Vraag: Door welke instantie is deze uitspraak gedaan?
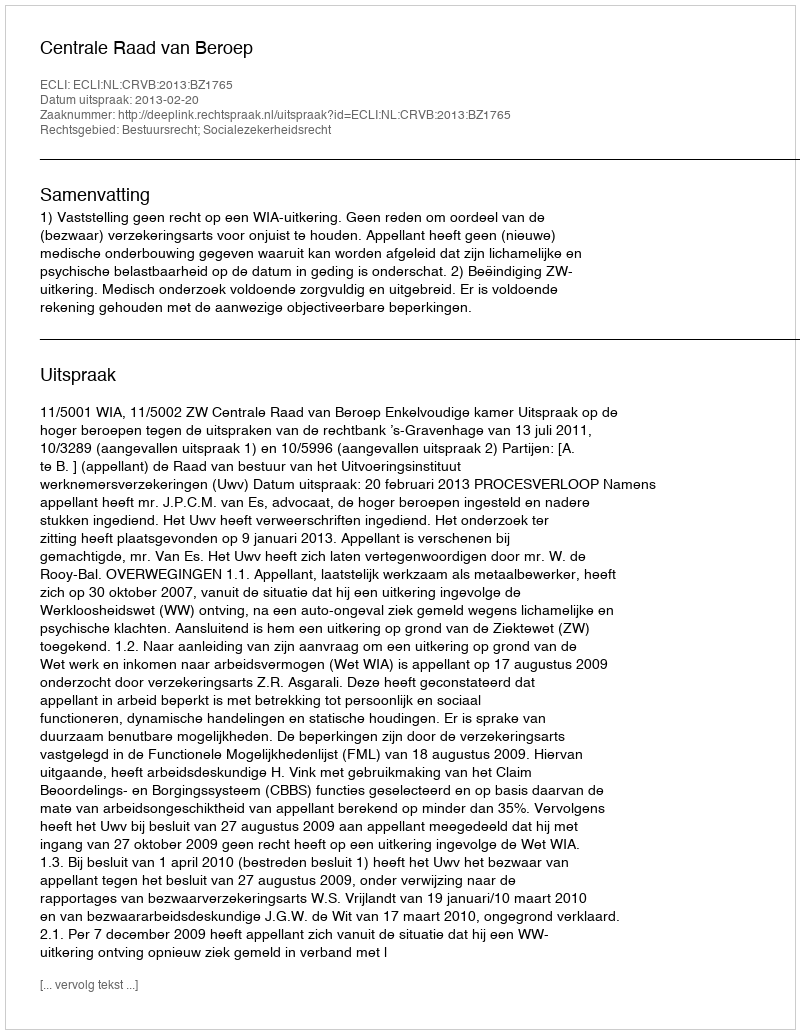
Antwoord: Centrale Raad van Beroep